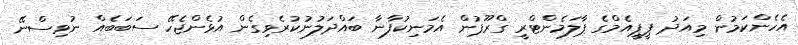
އެހެންކަމުން މިއަދު ޕީޕީއެމްގެ ޕާލަމެންޓްރީ ގްރޫޕުން އެމަނިކުފާނާ ބައްދަލުނުކުރެވިގެން އުޅެންޖެހޭ ސަބަބެއް ނުވިސްނޭ